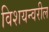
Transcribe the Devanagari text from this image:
विशयन्वरील